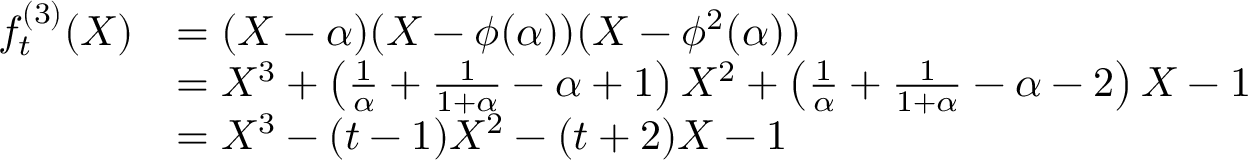
\begin{array} { r l } { f _ { t } ^ { ( 3 ) } ( X ) } & { = ( X - \alpha ) ( X - \phi ( \alpha ) ) ( X - \phi ^ { 2 } ( \alpha ) ) } \\ & { = X ^ { 3 } + \left( \frac { 1 } { \alpha } + \frac { 1 } { 1 + \alpha } - \alpha + 1 \right) X ^ { 2 } + \left( \frac { 1 } { \alpha } + \frac { 1 } { 1 + \alpha } - \alpha - 2 \right) X - 1 } \\ & { = X ^ { 3 } - ( t - 1 ) X ^ { 2 } - ( t + 2 ) X - 1 } \end{array}